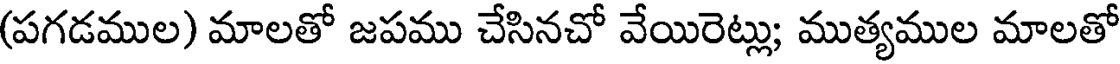
(పగడముల) మాలతో జపము చేసినచో వేయిరెట్లు; ముత్యముల మాలతో